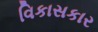
વિકાસકાર